Burma Government Medical School reports 1923-41
Year: 1923
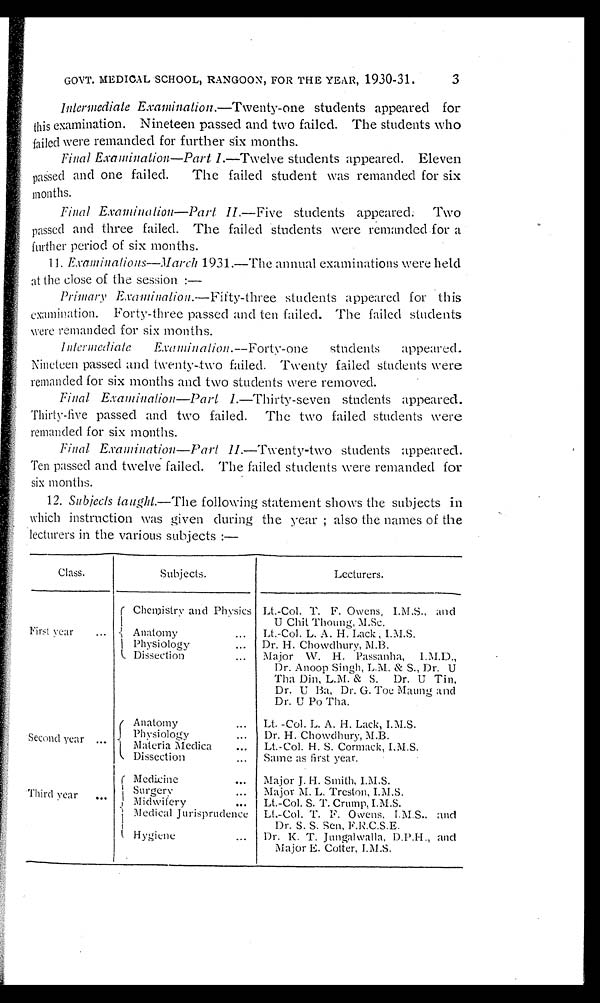
GOVT. MEDICAL SCHOOL, RANGOON, FOR THE YEAR, 1930-31. 3
Intermediate Examination.—Twenty-one
students appeared for
this examination. Nineteen passed and two failed. The students who
failed were remanded for further six months.
Final Examination—Part I .—Twelve students appeared. Eleven
passed and one failed. The failed student was remanded for six
months.
Final Examination—Part II. — F i v es
t u d e n t s a p p e a r e d . T w o
passed and three failed. The failed students were remanded for a
further period of six months.
11. Examinations—March 1931.—The annual examinations were held
at the close of the session :—
Primary Examination .—Fifty - three students appeared for this
exmination. Forty-three passed and ten failed. The failed students
were remanded for six months.
Intermediate Examination.—Forty - one
students appeared.
Nineteen passed and twenty-two failed. Twenty failed students were
remanded for six months and two students were removed.
Final Examination—Part I .—Thirty-seven students appeared.
Thirty-five passed and two failed. The two failed students were
remanded for six months.
Final Examination—Part II
—Twenty-two students appeared.
Ten passed and twelve failed. The failed students were remanded for
six months.
12. Subjects taught .—The following statement shows the subjects in
which instruction was given during the year ; also the names of the
lecturers in the various subjects :—
Class.
Subjects.
Lecturers.
First year . . .
Chemistry and Physics Lt.-Col. T. F. Owens, I.M.S., and
U Chit Thoung, M.Sc.
Anatomy . . .
Lt.-Col. L. A. H. Lack , I.M.S.
Physiology . . .
Dr. H. Chowdhury, M.B.
Dissection . . .
Major W. H. Passanha, I.M.D.,
Dr. Anoop Singh, L.M. & S., Dr. U
Tha Din, L.M. & S. Dr. U Tin,
Dr. U Ba, Dr. G. Toe Maung and
Dr. U Po Tha.
Second year . . .
Anatomy . . .
Lt.-Col. L. A. H. Lack, I.M.S.
Physiology . . .
Dr. H. Chowdhury, M.B.
Materia Medica . . .
Lt.-Col. H. S. Cormack, I.M.S.
Dissection . . .
Same as first year.
Third year . . .
Medicine . . .
Major J. H. Smith, I.M.S.
Surgery . . .
Major M. L. Treston, I.M.S.
Midwifery
. . .
Lt.-Col. S. T. Crump, I.M.S.
Medical Jurisprudence
Lt.-Col. T. F. Owens, I.M.S., and
Dr. S. S. Sen. F.R.C.S.E.
Hygiene . . .
Dr. K. T. Jungalwalla, D.P.H., and
Major E. Cotter, I.M.S.